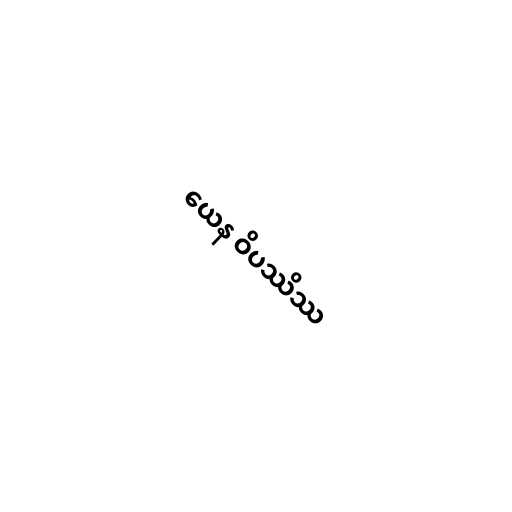
ယေန ဝိပဿိဿ